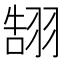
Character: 䎋